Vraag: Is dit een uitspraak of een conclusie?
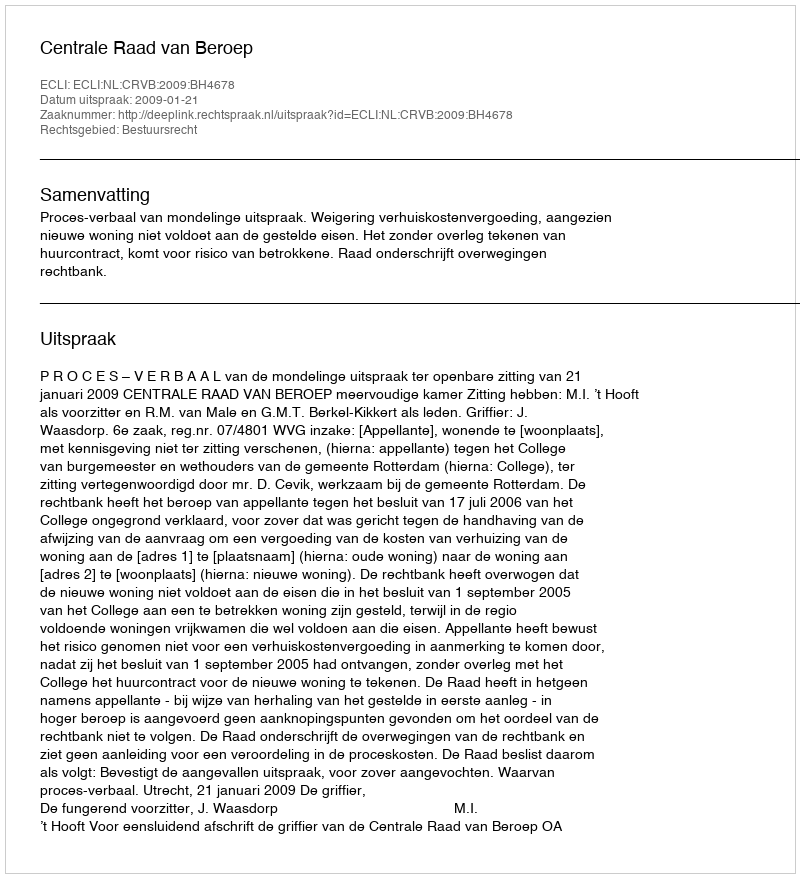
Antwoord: Uitspraak